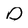
Character: O